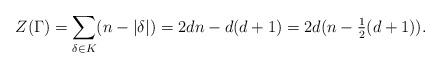
LaTeX: \begin{align*}Z(\Gamma)=\sum_{\delta\in K} (n-|\delta|)=2dn-d(d+1)=2d(n-\tfrac{1}{2}(d+1)).\end{align*}